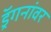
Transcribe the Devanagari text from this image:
ड्रॅगनांवर